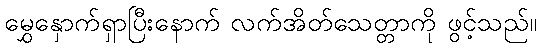
မွှေနှောက်ရှာပြီးနောက် လက်အိတ်သေတ္တာကို ဖွင့်သည်။